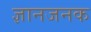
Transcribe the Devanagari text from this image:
ज्ञानजनक